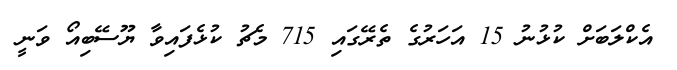
އެކްލަބަށް ކުޅުނު 15 އަހަރުގެ ތެރޭގައި 715 މެޗު ކުޅެފައިވާ ޔޫސޭބިއޯ ވަނީ